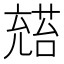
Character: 𪞅